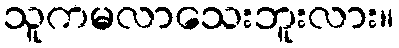
သူကမလာသေးဘူးလား။